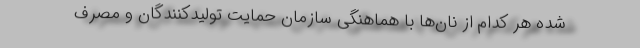
شده هر کدام از نان‌ها با هماهنگی سازمان حمایت تولیدکنندگان و مصرف